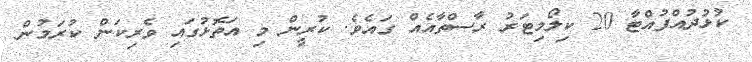
ކުޅުދުއްފުއްޓާ 20 ކިލޯމިޓަރު ރާސްތާއެއް ގައެވެ. ކުރީން މި އަތޮޅުގައި ވެރިކަން ކުރަމުން